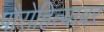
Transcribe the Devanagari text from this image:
पौरोहित्यावर